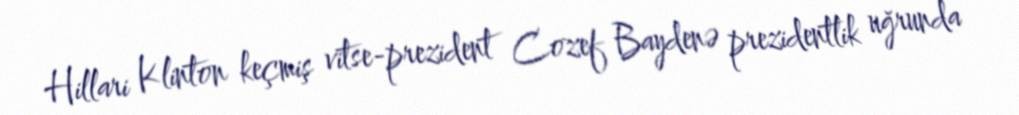
Hillari Klinton keçmiş vitse-prezident Cozef Baydenə prezidentlik uğrunda